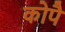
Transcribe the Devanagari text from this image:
कोपै